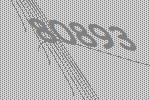
80893